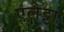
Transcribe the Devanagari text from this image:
एलेट्टा